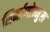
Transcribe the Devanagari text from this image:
निर्माणोन्मुख